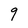
Character: 9